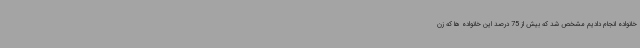
خانواده انجام دادیم مشخص شد که بیش از 75 درصد این خانواده ها که زن